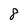
Character: 8